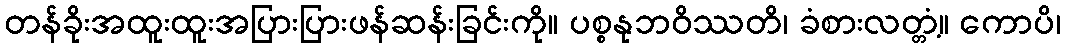
တန်ခိုးအထူးထူးအပြားပြားဖန်ဆန်းခြင်းကို။ ပစ္စနုဘဝိဿတိ၊ ခံစားလတ္တံ့။ ကောပိ၊